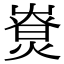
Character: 𤎚